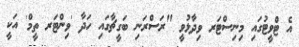
އެ ޓްވީޓުގައި މިނިސްޓަރ ވިދާޅުވީ "ރަސްރަނި ބަގީޗާގައި ހަދާ 'ވިންޓަރ ތީމް' އަކީ